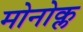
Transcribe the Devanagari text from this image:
मोनोक्ल